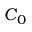
C _ { 0 }